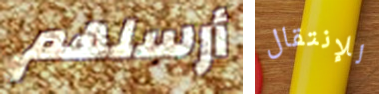
أرسلهم للإنتقال